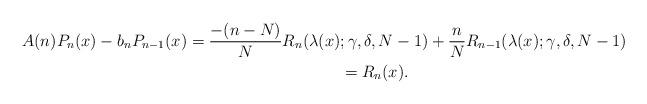
LaTeX: \begin{gather*}A(n) P_n(x) - b_n P_{n-1}(x) = \frac{-(n-N)}{N}R_n(\lambda(x);\gamma,\delta,N-1) + \frac{n}{N}R_{n-1}(\lambda(x);\gamma,\delta,N-1)\\\hphantom{A(n) P_n(x) - b_n P_{n-1}(x)}{} = R_n(x).\end{gather*}